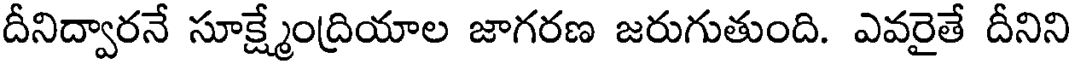
దీనిద్వారనే సూక్ష్మేంద్రియాల జాగరణ జరుగుతుంది. ఎవరైతే దీనిని